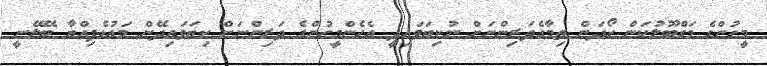
މީހުންގެ މަގްބޫލުކަން ހޯދަން ތިމާގެދަރިންނަށް ނުކިޔަވައިދީ އެހެންމީހުންގެ ދަރިންނަށް ކިޔަވައިދޭން މައުޅެފިއްޔާ ބޭލޭނީ